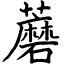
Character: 蘑